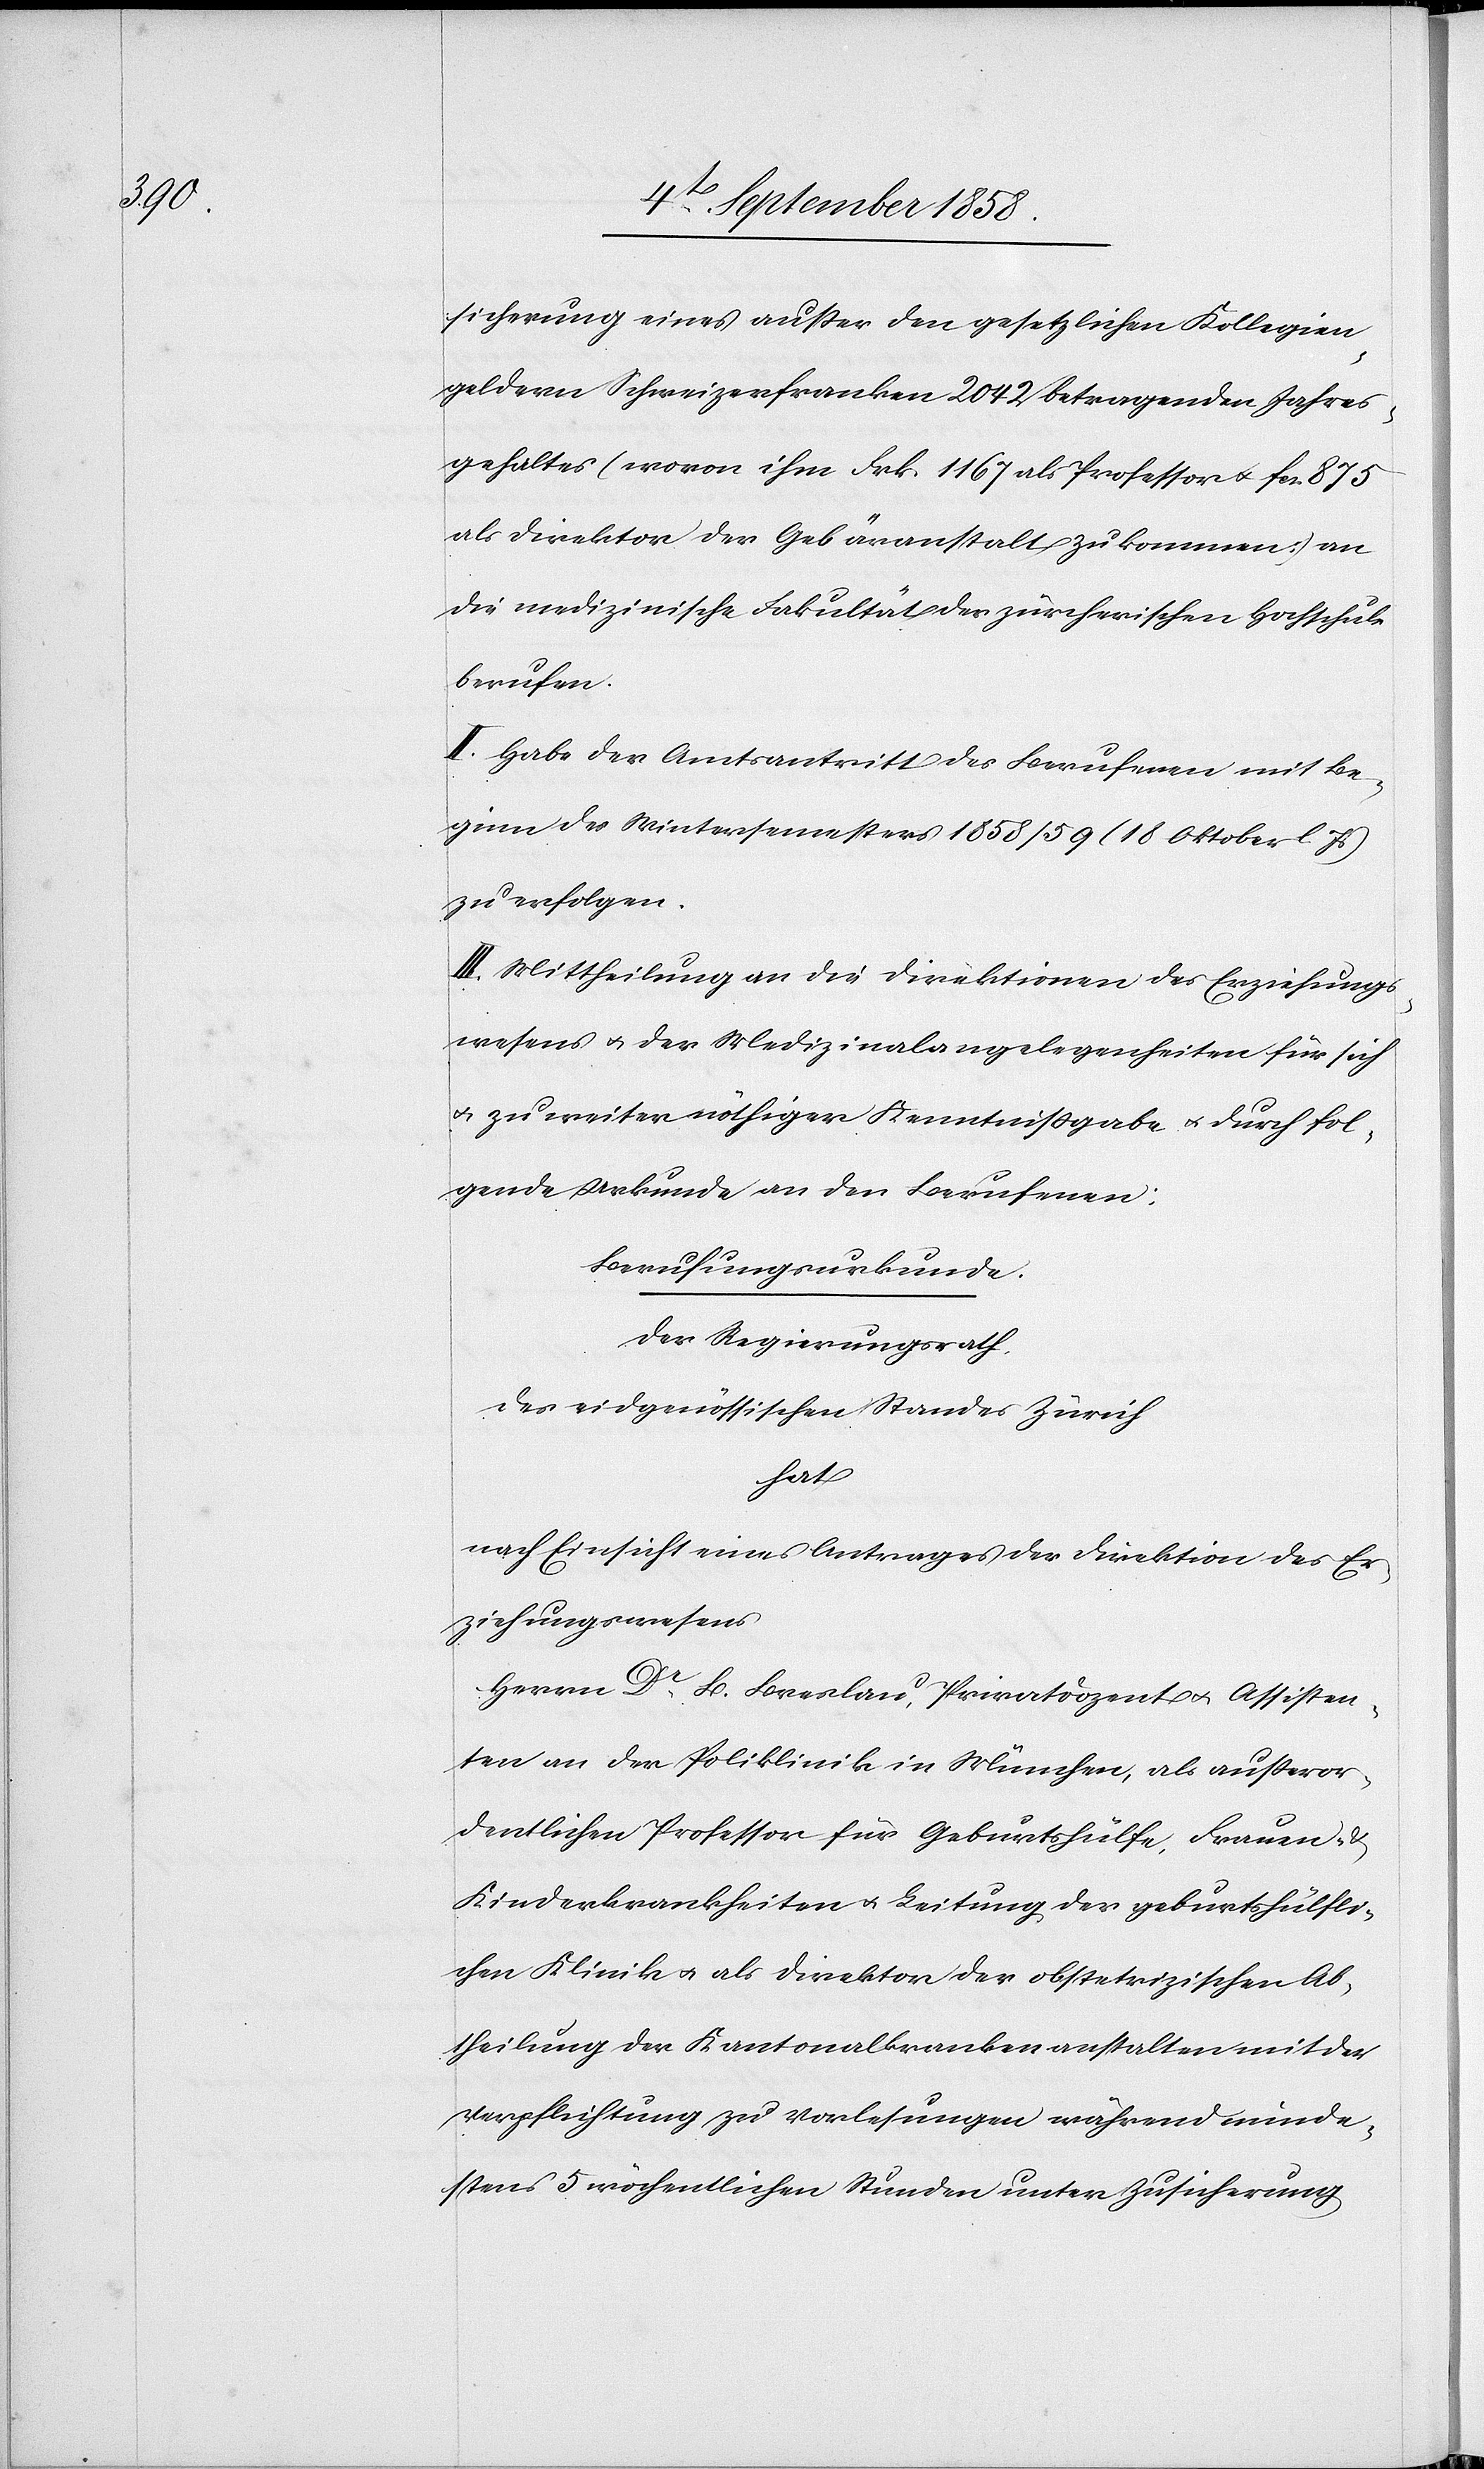
sicherung eines außer den gesetzlichen Kollegien¬
geldern Schweizerfranken 2042 betragenden Jahres¬
gehaltes (wovon ihm Frk. 1167 als Professor & fcs. 875
als Direktor der Gebäranstalt zukommen) an
die medizinische Fakultät der zürcherischen Hochschule
berufen.
II. Habe der Amtsantritt des Berufenen mit Be¬
ginn des Wintersemesters 1858/59 (18 Oktober l. Js)
zu erfolgen.
III. Mittheilung an die Direktionen des Erziehungs¬
wesens & der Medizinalangelegenheiten für sich
& zu weiter nöthiger Kenntnißgabe & durch fol¬
gende Urkunde an den Berufenen:
Berufungsurkunde.
Der Regierungsrath
des eidgenössischen Standes Zürich
hat
nach Einsicht eines Antrages der Direktion des Er¬
ziehungswesens
Herrn Dr B. Breslau, Privatdozent & Assisten¬
ten an der Poliklinik in München, als außeror¬
dentlichen Professor für Geburtshülfe, Frauen- &
Kinderkrankheiten & Leitung der geburtshülfli¬
chen Klinik & als Direktor der obstetrizischen Ab¬
theilung der Kantonalkrankenanstalten mit der
Verpflichtung zu Vorlesungen während minde¬
stens 5 wöchentlichen Stunden unter Zusicherung